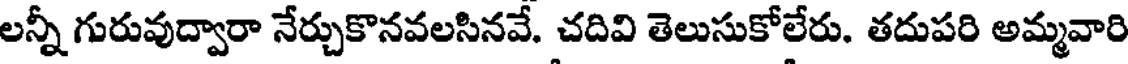
లన్నీ గురువుద్వారా నేర్చుకొనవలసినవే. చదివి తెలుసుకోలేరు. తదుపరి అమ్మవారి